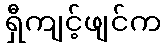
ရှီကျင့်ဖျင်က